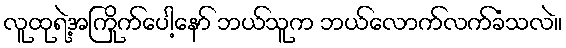
လူထုရဲ့အကြိုက်ပေါ့နော် ဘယ်သူက ဘယ်လောက်လက်ခံသလဲ။